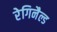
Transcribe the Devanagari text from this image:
रेगिनैल्ड